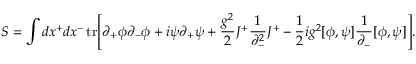
S = \int d x ^ { + } d x ^ { - } \, \mathrm { t r } \Bigg [ \partial _ { + } \phi \partial _ { - } \phi + i \psi \partial _ { + } \psi + \frac { g ^ { 2 } } { 2 } J ^ { + } \frac { 1 } { \partial _ { - } ^ { 2 } } J ^ { + } - \frac { 1 } { 2 } i g ^ { 2 } [ \phi , \psi ] \frac { 1 } { \partial _ { - } } [ \phi , \psi ] \Bigg ] .